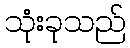
သုံးခုသည်